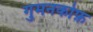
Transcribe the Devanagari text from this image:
गुमनकोफ़